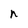
Character: n